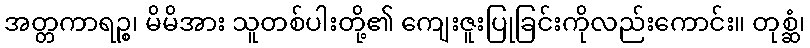
အတ္တကာရဉ္စ၊ မိမိအား သူတစ်ပါးတို့၏ ကျေးဇူးပြုခြင်းကိုလည်းကောင်း။ တုစ္ဆံ၊